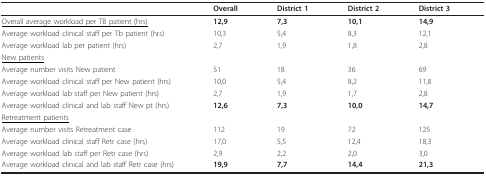
|  | Overall | District 1 | District 2 | District 3 |
 | --- | --- | --- | --- | --- |
 | <underline>Overall average workload per TB patient (hrs)</underline> | 12,9 | 7,3 | 10,1 | 14,9 |
 | Average workload clinical staff per Tb patient (hrs) | 10,3 | 5,4 | 8,3 | 12,1 |
 | Average workload lab per patient (hrs) | 2,7 | 1,9 | 1,8 | 2,8 |
 | <underline>New patients</underline> |  |  |  |  |
 | Average number visits New patient | 51 | 18 | 36 | 69 |
 | Average workload clinical staff per New patient (hrs) | 10,0 | 5,4 | 8,2 | 11,8 |
 | Average workload lab staff per New patient (hrs) | 2,7 | 1,9 | 1,7 | 2,8 |
 | Average workload clinical and lab staff New pt (hrs) | 12,6 | 7,3 | 10,0 | 14,7 |
 | <underline>Retreatment patients</underline> |  |  |  |  |
 | Average number visits Retreatment case | 112 | 19 | 72 | 125 |
 | Average workload clinical staff Retr case (hrs) | 17,0 | 5,5 | 12,4 | 18,3 |
 | Average workload lab staff per Retr case (hrs) | 2,9 | 2,2 | 2,0 | 3,0 |
 | Average workload clinical and lab staff Retr case (hrs) | 19,9 | 7,7 | 14,4 | 21,3 |